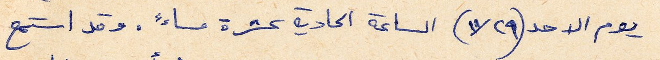
يوم الاحد (٢٩/ ١١) الساعة الحادية عشرة مساءً. وقد استمع